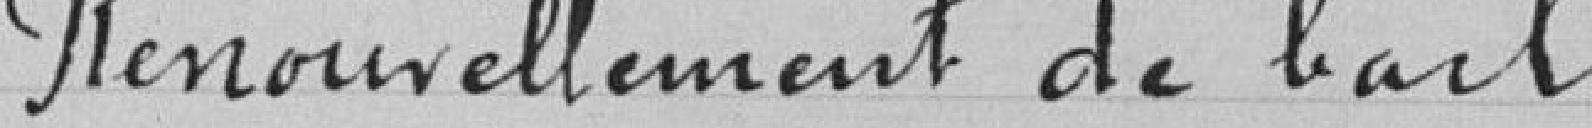
Renouvellement de bail